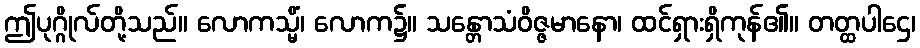
ဤပုဂ္ဂိုလ်တို့သည်။ လောကသ္မိံ၊ လောက၌။ သန္တောသံဝိဇ္ဇမာနော၊ ထင်ရှားရှိကုန်၏။ တတ္ထပါဌေ၊